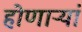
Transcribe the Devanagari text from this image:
होणाऱ्यां